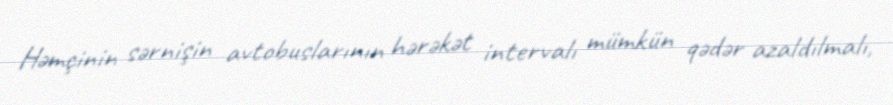
Həmçinin sərnişin avtobuslarının hərəkət intervalı mümkün qədər azaldılmalı,